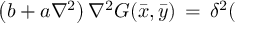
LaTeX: \left( b + a \nabla ^ { 2 } \right) \nabla ^ { 2 } G ( \bar { x } , \bar { y } ) \, = \, \delta ^ { 2 } (